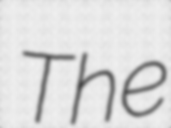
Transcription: The